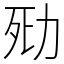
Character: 㱝